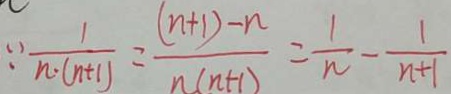
\because \frac { 1 } { n \cdot ( n + 1 ) } = \frac { ( n + 1 ) - n } { n ( n + 1 ) } = \frac { 1 } { n } - \frac { 1 } { n + 1 }